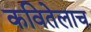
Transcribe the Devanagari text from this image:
कवितेलाच